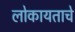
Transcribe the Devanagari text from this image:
लोकायताचे